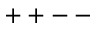
+ + -- { }